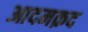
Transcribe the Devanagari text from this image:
आदमक़द